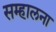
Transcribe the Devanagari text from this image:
सम्हालना